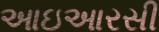
આઇઆરસી